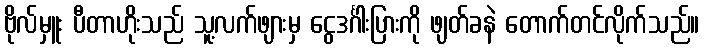
ဗိုလ်မှူး ပီတာဟိုးသည် သူ့လက်ဖျားမှ ငွေဒင်္ဂါးပြားကို ဖျတ်ခနဲ တောက်တင်လိုက်သည်။